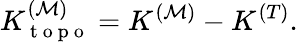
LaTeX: K_{\mathrm{~t~o~p~o~}}^{(\mathcal{M})}=K^{(\mathcal{M})}-K^{(T)}.